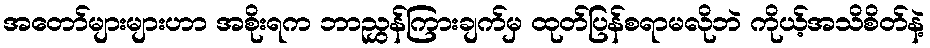
အတော်များများဟာ အစိုးရက ဘာညွှန်ကြားချက်မှ ထုတ်ပြန်စရာမလိုဘဲ ကိုယ့်အသိစိတ်နဲ့